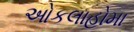
ઓકલાહોમા